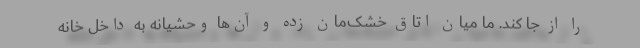
را از جا کَند. ما میان اتاق خشک‌مان زده و آن‌ها وحشیانه به داخل خانه